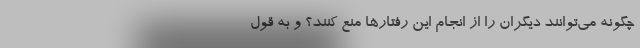
چگونه می‌توانند دیگران را از انجام این رفتارها منع کنند؟ و به قول